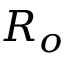
R _ { o }